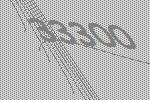
33300